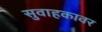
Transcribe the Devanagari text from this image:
सुवाहकावर